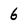
Character: 6